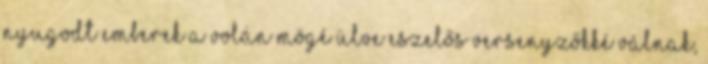
nyugodt emberek a volán mögé ülve eszelős versenyzőkké válnak,